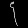
Digit: ၄